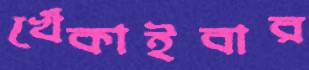
খেঁকাইবার